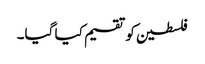
فلسطین کو تقسیم کیا گیا۔